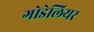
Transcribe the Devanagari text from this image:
गोडेलियर